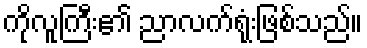
ကိုလူကြီး၏ ညာလက်ရုံးဖြစ်သည်။